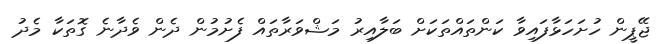
ޖޭޕީން ހުށަހަޅާފައިވާ ކަންތައްތަކަށް ބަލާއިރު މަޝްވަރާތައް ފެށުމުން ދެން ވެދާނެ ގޮތަކާ މެދު